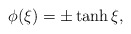
\begin{align*}\phi(\xi) = \pm \tanh \xi, \end{align*}